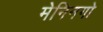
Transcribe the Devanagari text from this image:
मेनिनगो